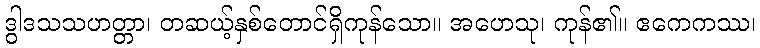
ဒွါဒသသဟတ္တာ၊ တဆယ့်နှစ်တောင်ရှိကုန်သော။ အဟေသု၊ ကုန်၏။ ဧကေကဿ၊